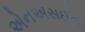
એનએસઈના